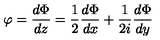
\varphi = \displaystyle \frac { d \Phi } { d z } = \frac { 1 } { 2 } \frac { d \Phi } { d x } + \frac { 1 } { 2 i } \frac { d \Phi } { d y }